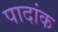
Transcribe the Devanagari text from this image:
पादांक